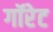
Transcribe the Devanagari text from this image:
गॉरेट